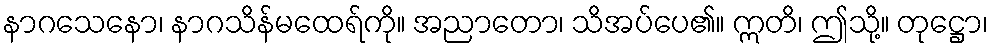
နာဂသေနော၊ နာဂသိန်မထေရ်ကို။ အညာတော၊ သိအပ်ပေ၏။ ဣတိ၊ ဤသို့။ တုဋ္ဌော၊